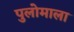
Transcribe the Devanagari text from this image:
पुलोमाला